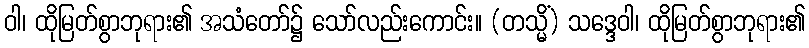
ဝါ၊ ထိုမြတ်စွာဘုရား၏ အသံတော်၌ သော်လည်းကောင်း။ (တသ္မိံ) သဒ္ဒေဝါ၊ ထိုမြတ်စွာဘုရား၏